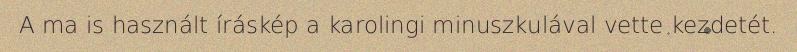
A ma is használt íráskép a karolingi minuszkulával vette kezdetét.